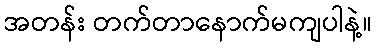
အတန်း တက်တာနောက်မကျပါနဲ့။